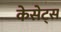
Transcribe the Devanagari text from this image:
केसेट्स